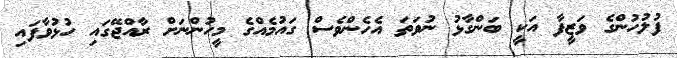
ފުލުހުންގެ ވަޒީފާ އަކީ ބަންގާޅު ނުވަތަ އެހެންވެސް ގައުމެއްގެ މީހުންނަށް ރާއްޖޭގައި ހުޅުވާފައި